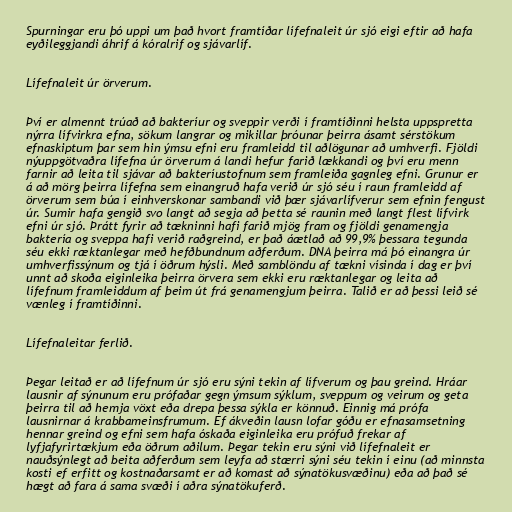
Spurningar eru þó uppi um það hvort framtíðar lífefnaleit úr sjó eigi eftir að hafa
eyðileggjandi áhrif á kóralrif og sjávarlíf.

Lífefnaleit úr örverum.

Því er almennt trúað að bakteríur og sveppir verði í framtíðinni helsta uppspretta
nýrra lífvirkra efna, sökum langrar og mikillar þróunar þeirra ásamt sérstökum
efnaskiptum þar sem hin ýmsu efni eru framleidd til aðlögunar að umhverfi. Fjöldi
nýuppgötvaðra lífefna úr örverum á landi hefur farið lækkandi og því eru menn
farnir að leita til sjávar að bakteríustofnum sem framleiða gagnleg efni. Grunur er
á að mörg þeirra lífefna sem einangruð hafa verið úr sjó séu í raun framleidd af
örverum sem búa í einhverskonar sambandi við þær sjávarlífverur sem efnin fengust
úr. Sumir hafa gengið svo langt að segja að þetta sé raunin með langt flest lífvirk
efni úr sjó. Þrátt fyrir að tækninni hafi farið mjög fram og fjöldi genamengja
baktería og sveppa hafi verið raðgreind, er það áætlað að 99,9% þessara tegunda
séu ekki ræktanlegar með hefðbundnum aðferðum. DNA þeirra má þó einangra úr
umhverfissýnum og tjá í öðrum hýsli. Með samblöndu af tækni vísinda í dag er því
unnt að skoða eiginleika þeirra örvera sem ekki eru ræktanlegar og leita að
lífefnum framleiddum af þeim út frá genamengjum þeirra. Talið er að þessi leið sé
vænleg í framtíðinni.

Lífefnaleitar ferlið.

Þegar leitað er að lífefnum úr sjó eru sýni tekin af lífverum og þau greind. Hráar
lausnir af sýnunum eru prófaðar gegn ýmsum sýklum, sveppum og veirum og geta
þeirra til að hemja vöxt eða drepa þessa sýkla er könnuð. Einnig má prófa
lausnirnar á krabbameinsfrumum. Ef ákveðin lausn lofar góðu er efnasamsetning
hennar greind og efni sem hafa óskaða eiginleika eru prófuð frekar af
lyfjafyrirtækjum eða öðrum aðilum. Þegar tekin eru sýni við lífefnaleit er
nauðsýnlegt að beita aðferðum sem leyfa að stærri sýni séu tekin í einu (að minnsta
kosti ef erfitt og kostnaðarsamt er að komast að sýnatökusvæðinu) eða að það sé
hægt að fara á sama svæði í aðra sýnatökuferð.